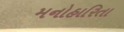
મનોહારિતા